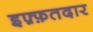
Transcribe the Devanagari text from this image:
इफ़्फ़तदार